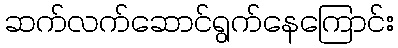
ဆက်လက်ဆောင်ရွက်နေကြောင်း